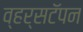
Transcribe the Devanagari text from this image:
व्हर्सटॅपन